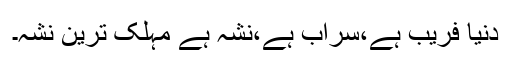
دنیا فریب ہے،سراب ہے،نشہ ہے مہلک ترین نشہ۔